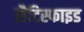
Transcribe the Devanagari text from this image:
सैटिस्फाइड